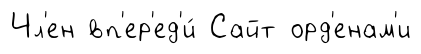
Чл'ен вп'ер'ед'и́ Сайт орд'енам'и